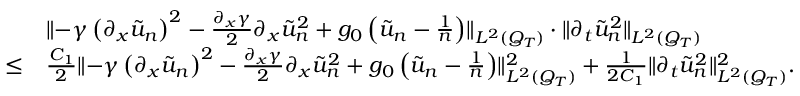
\begin{array} { r l } & { \lVert - \gamma \left( \partial _ { x } \tilde { u } _ { n } \right) ^ { 2 } - \frac { \partial _ { x } \gamma } { 2 } \partial _ { x } \tilde { u } _ { n } ^ { 2 } + g _ { 0 } \left( \tilde { u } _ { n } - \frac { 1 } { n } \right) \rVert _ { L ^ { 2 } ( Q _ { T } ) } \cdot \lVert \partial _ { t } \tilde { u } _ { n } ^ { 2 } \rVert _ { L ^ { 2 } ( Q _ { T } ) } } \\ { \leq } & { \frac { C _ { 1 } } { 2 } \lVert - \gamma \left( \partial _ { x } \tilde { u } _ { n } \right) ^ { 2 } - \frac { \partial _ { x } \gamma } { 2 } \partial _ { x } \tilde { u } _ { n } ^ { 2 } + g _ { 0 } \left( \tilde { u } _ { n } - \frac { 1 } { n } \right) \rVert _ { L ^ { 2 } ( Q _ { T } ) } ^ { 2 } + \frac { 1 } { 2 C _ { 1 } } \lVert \partial _ { t } \tilde { u } _ { n } ^ { 2 } \rVert _ { L ^ { 2 } ( Q _ { T } ) } ^ { 2 } . } \end{array}